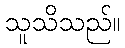
သူသိသည်။